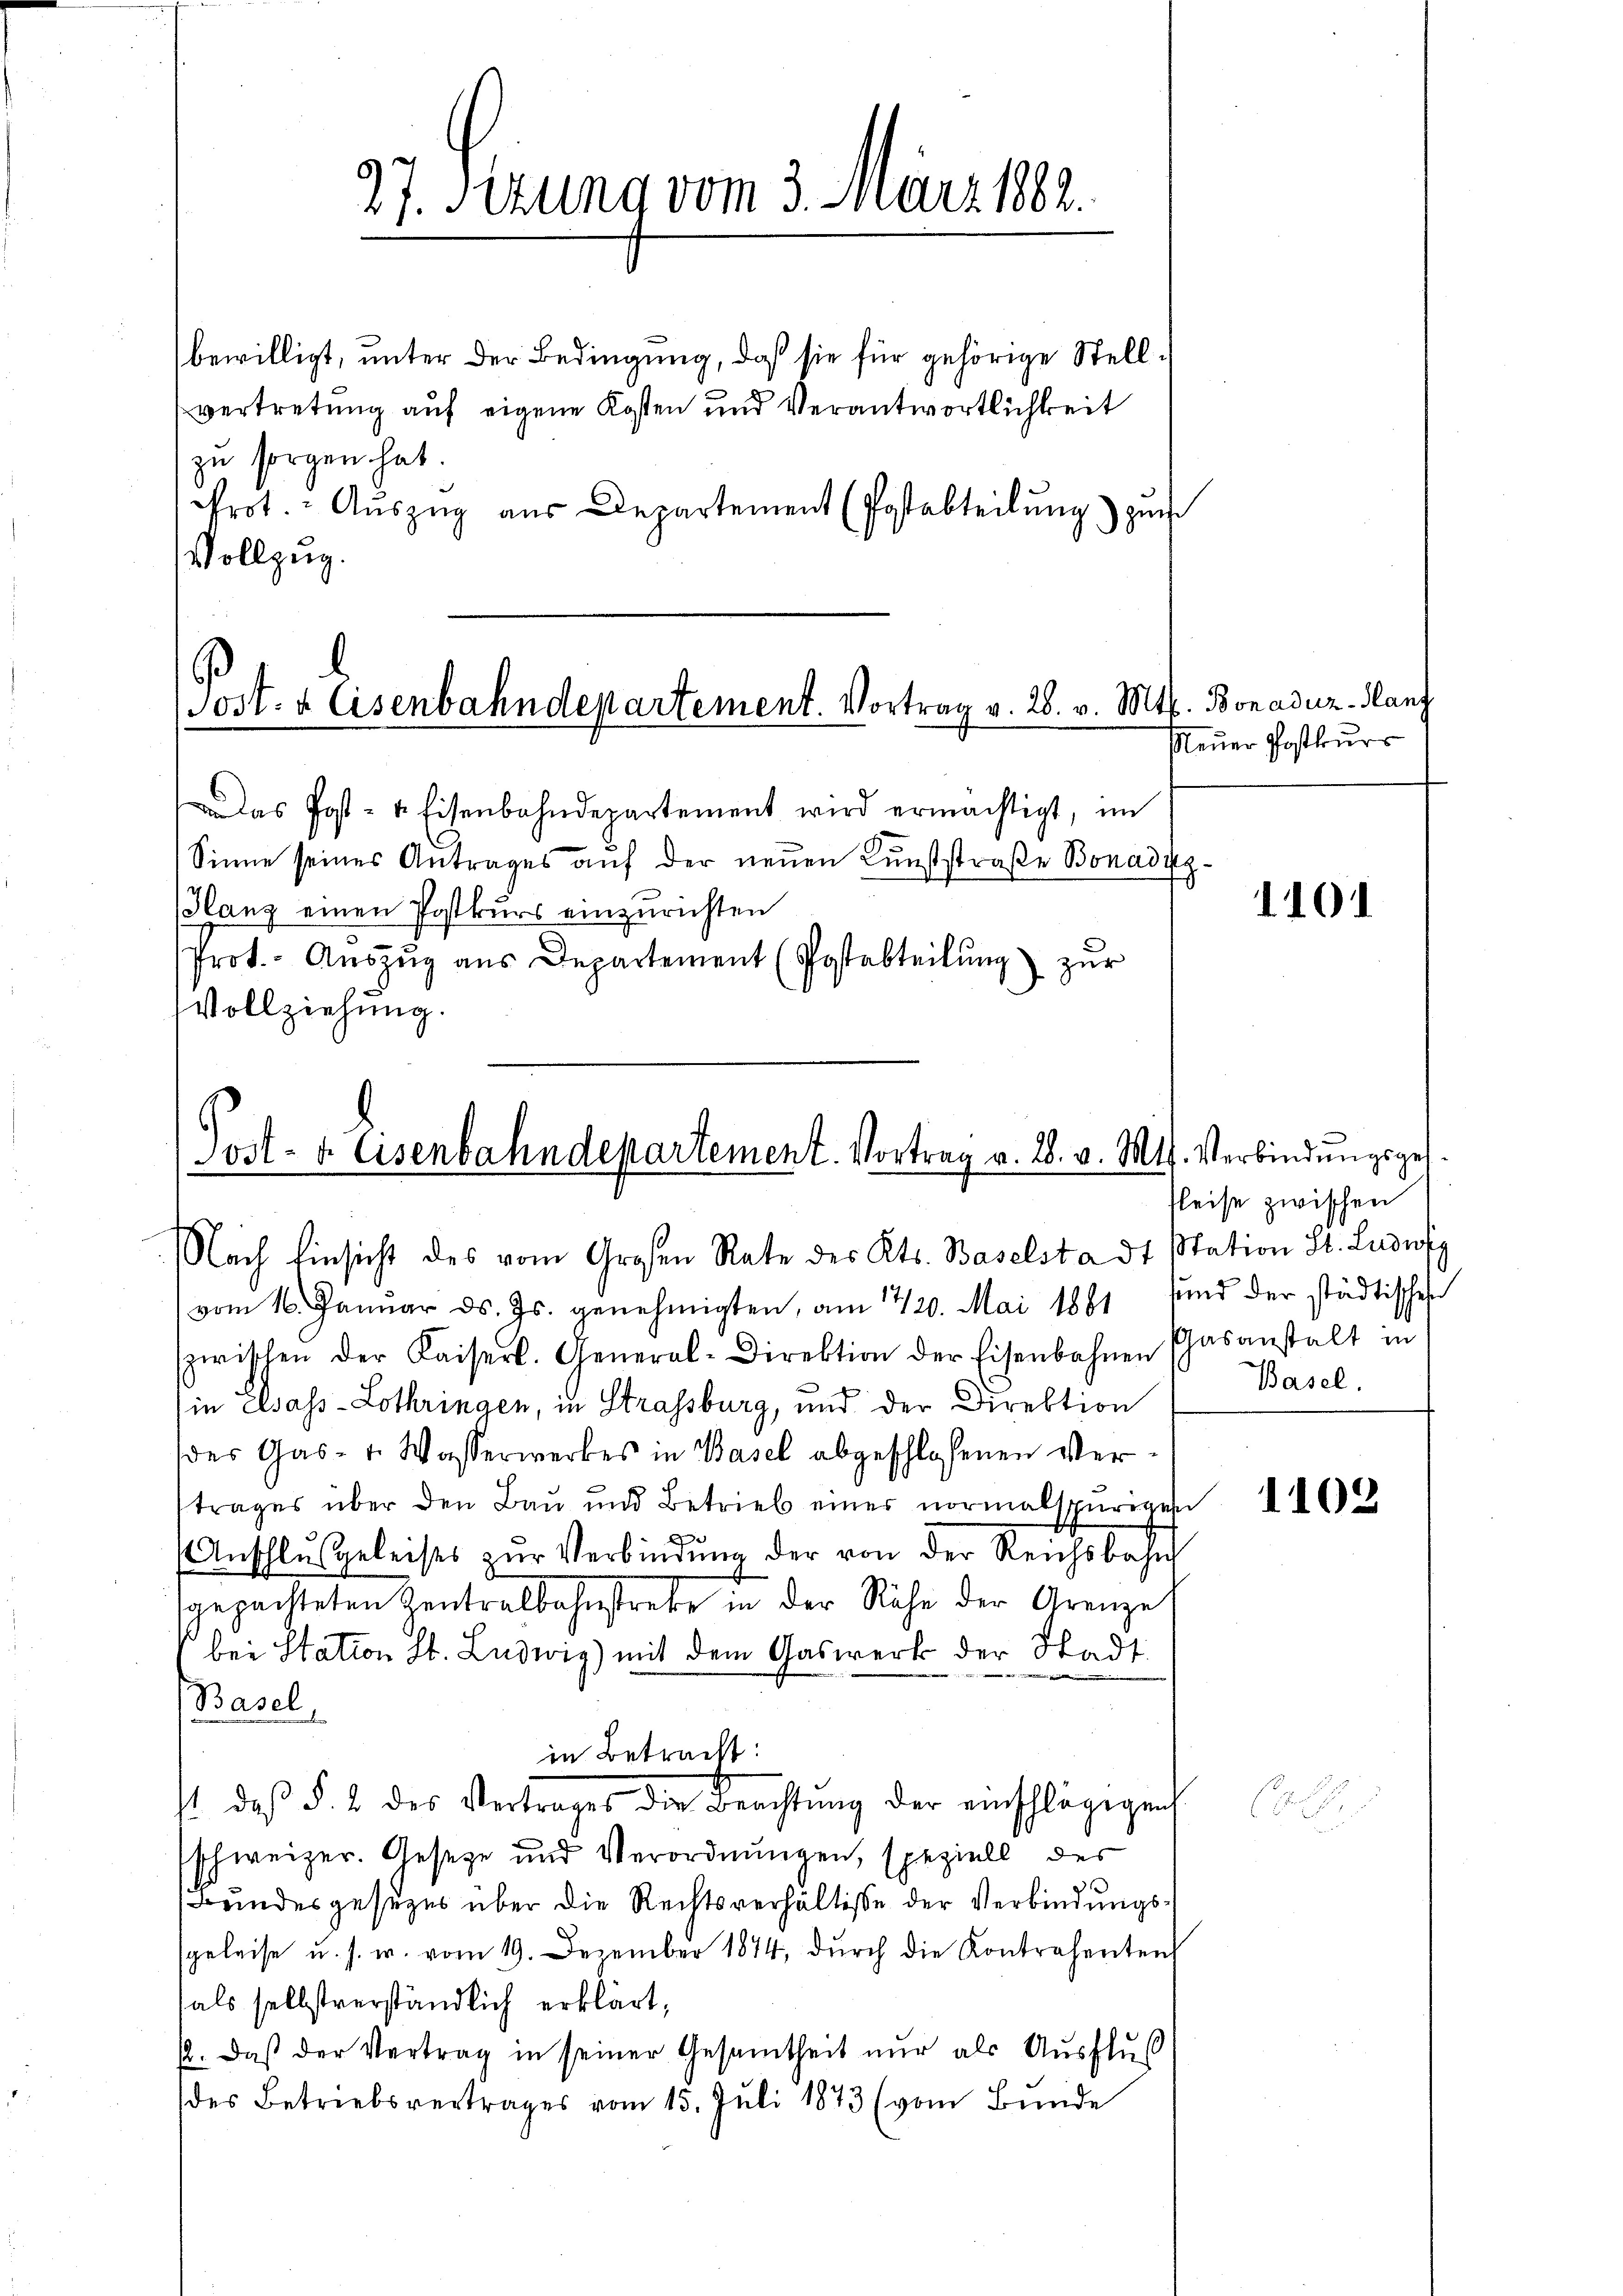
27. Sitzung vom 3. März 1882.

bewilligt, unter der Bedingung, daß sie für gehörige Stellvertretung auf eigene Kosten und Verantwortlichkeit
zu sorgen hat.
Prot. Auszug aus Departement (Postabteilung) zum
Vollzug.

Post- & Eisenbahndepartement. Vortrag v. 28. v. Mts. Bonaduz-Hanz

das Post- & Eisenbahndepartement wird ermächtigt, im
Sinne seines Antrages auf der neuen Kunststraße Bonaduz
Hanz einen Postkurs einzurichten
Prot.- Aŭszŭg aŭs Departement (Postabteilŭng zŭr
Vollziehung.

Post- u. Eisenbahndepartement. Vortrag v. 28. v. Mts. Verbindungsges.
Nach Einsicht des vom Großen Rate des Kts. Baselstadt Station St. Ludwig

zwischen der Kaiserl. General-Direktion der Eisenbahnen Casanstalt in
in Cesass-Lothringen, in Strassburg, und der Direktion
(des Gas- 1. Wasserwerkes in Basel abgeschlossenen Vertrages über den Bau und Betrieb einer normalspurigen
Anschlŭsgeleises zŭr Verbindŭng der von der Reichsbahn
gepachteten Zentralbahnstrebe in der Nähe der Grenzel
bei Station St. Ludwig) mit dem Gaswerk der Stadt
Basel,
in Betracht:
st, daß §. 2 des Vertrages die Beachtung der einschlägigen
schweizer. Geseze und Verordnungen, speziell der
Bundesgesezes über die Rechtsverhältisse der Verbindungssgeleise u. s. w. vom 19. Dezember 1874, dŭrch die Kontrahenten
fals selbstverständlich erklärt,
12. daß der Vertrag in seiner Gesamtheit nur als Ausfluß
des Betriebsvertrages vom 15. Juli 1873 (vom Bunde

vom 16. Januar ds. Js. genehmigten, am 1420. Mai 1881 fŭnd der städtisches

Neuer Postkurs

1101

fleise zwischen
Basel.

1102